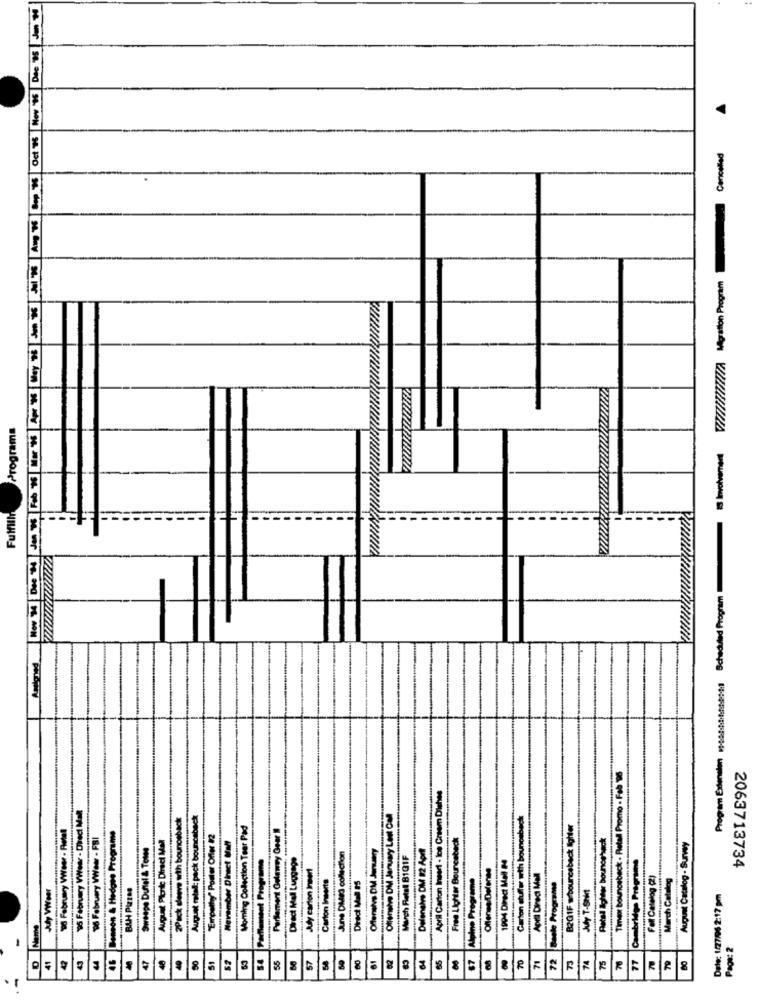
Oct 15 Now '95 Dee 95 Jm H
Cancelled
VI//////////A Vigation Program-
Programa
Scheduled ProgramIS Involvement
Fulfill
Program Extension ....:----- 841
Timeot bounceback - Retall Promo . Fab 96
April Carton Insert - Ice Cream Dishes
"95 February VWear - Direct Mal
2Pack sleeve with bounceback
August metall: pack bounceback
Offensive DM January Lant Cal
Carton stuffer with bounceback
"9 February VWeer . Rotel
Moming Collection Teer Pad
Parlament Gulawey Gear I
B201F wbounceback lighter
"96 February VWawr - FS
Benson & Hedges Programe
August Plonk Direct Mail
Empathy" Poster Offer 12
November Direct Mall
Free Lighter Bounceback
Petal Ighter bouncehack
Swespe Duntel & Totes
Oferivs DM January
Deleneles DM #2 Aort
August Catalog - Surwy
Parlament Programe
Direct Mall Luggage
June DMed collection
March Retsl B1G1F
199-4 Direct Mall P
Cambridge Programne
Ady carton Insert
Offenes Defense
Carton Inserts
Alpino Programe
Apill Direct Mail
Baele Programe
Fall Catalog (2)
March Catalog
2063713734
July VWeer
BAH Pizzas
July T-Shirt
Dele: 1/27/96 2:17 pm
-
Page: 2
54
55
52
64
65
09
70
71
72
70
77
41
42
46
47
57
61
74
75
79
18
BE
R
8
.